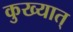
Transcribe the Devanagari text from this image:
कुख्यात्